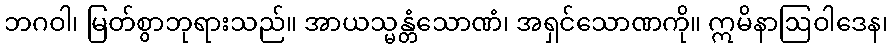
ဘဂဝါ၊ မြတ်စွာဘုရားသည်။ အာယသ္မန္တံသောဏံ၊ အရှင်သောဏကို။ ဣမိနာဩဝါဒေန၊